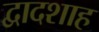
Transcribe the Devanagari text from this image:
द्वादशाह